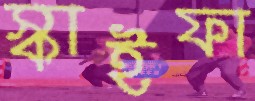
স্কাইফা